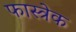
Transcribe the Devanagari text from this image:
फास्त्रेक